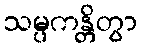
သမ္ပကန္တိတွာ